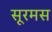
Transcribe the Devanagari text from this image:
सूरमस